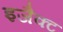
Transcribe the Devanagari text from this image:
इजैक्ट